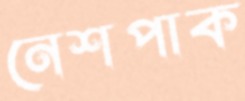
নেশপাক